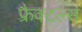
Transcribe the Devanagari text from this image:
फ्रैक्टल्स